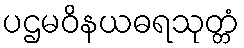
ပဌမဝိနယဓရသုတ္တံ